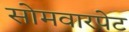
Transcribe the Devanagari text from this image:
सोमवारपेट